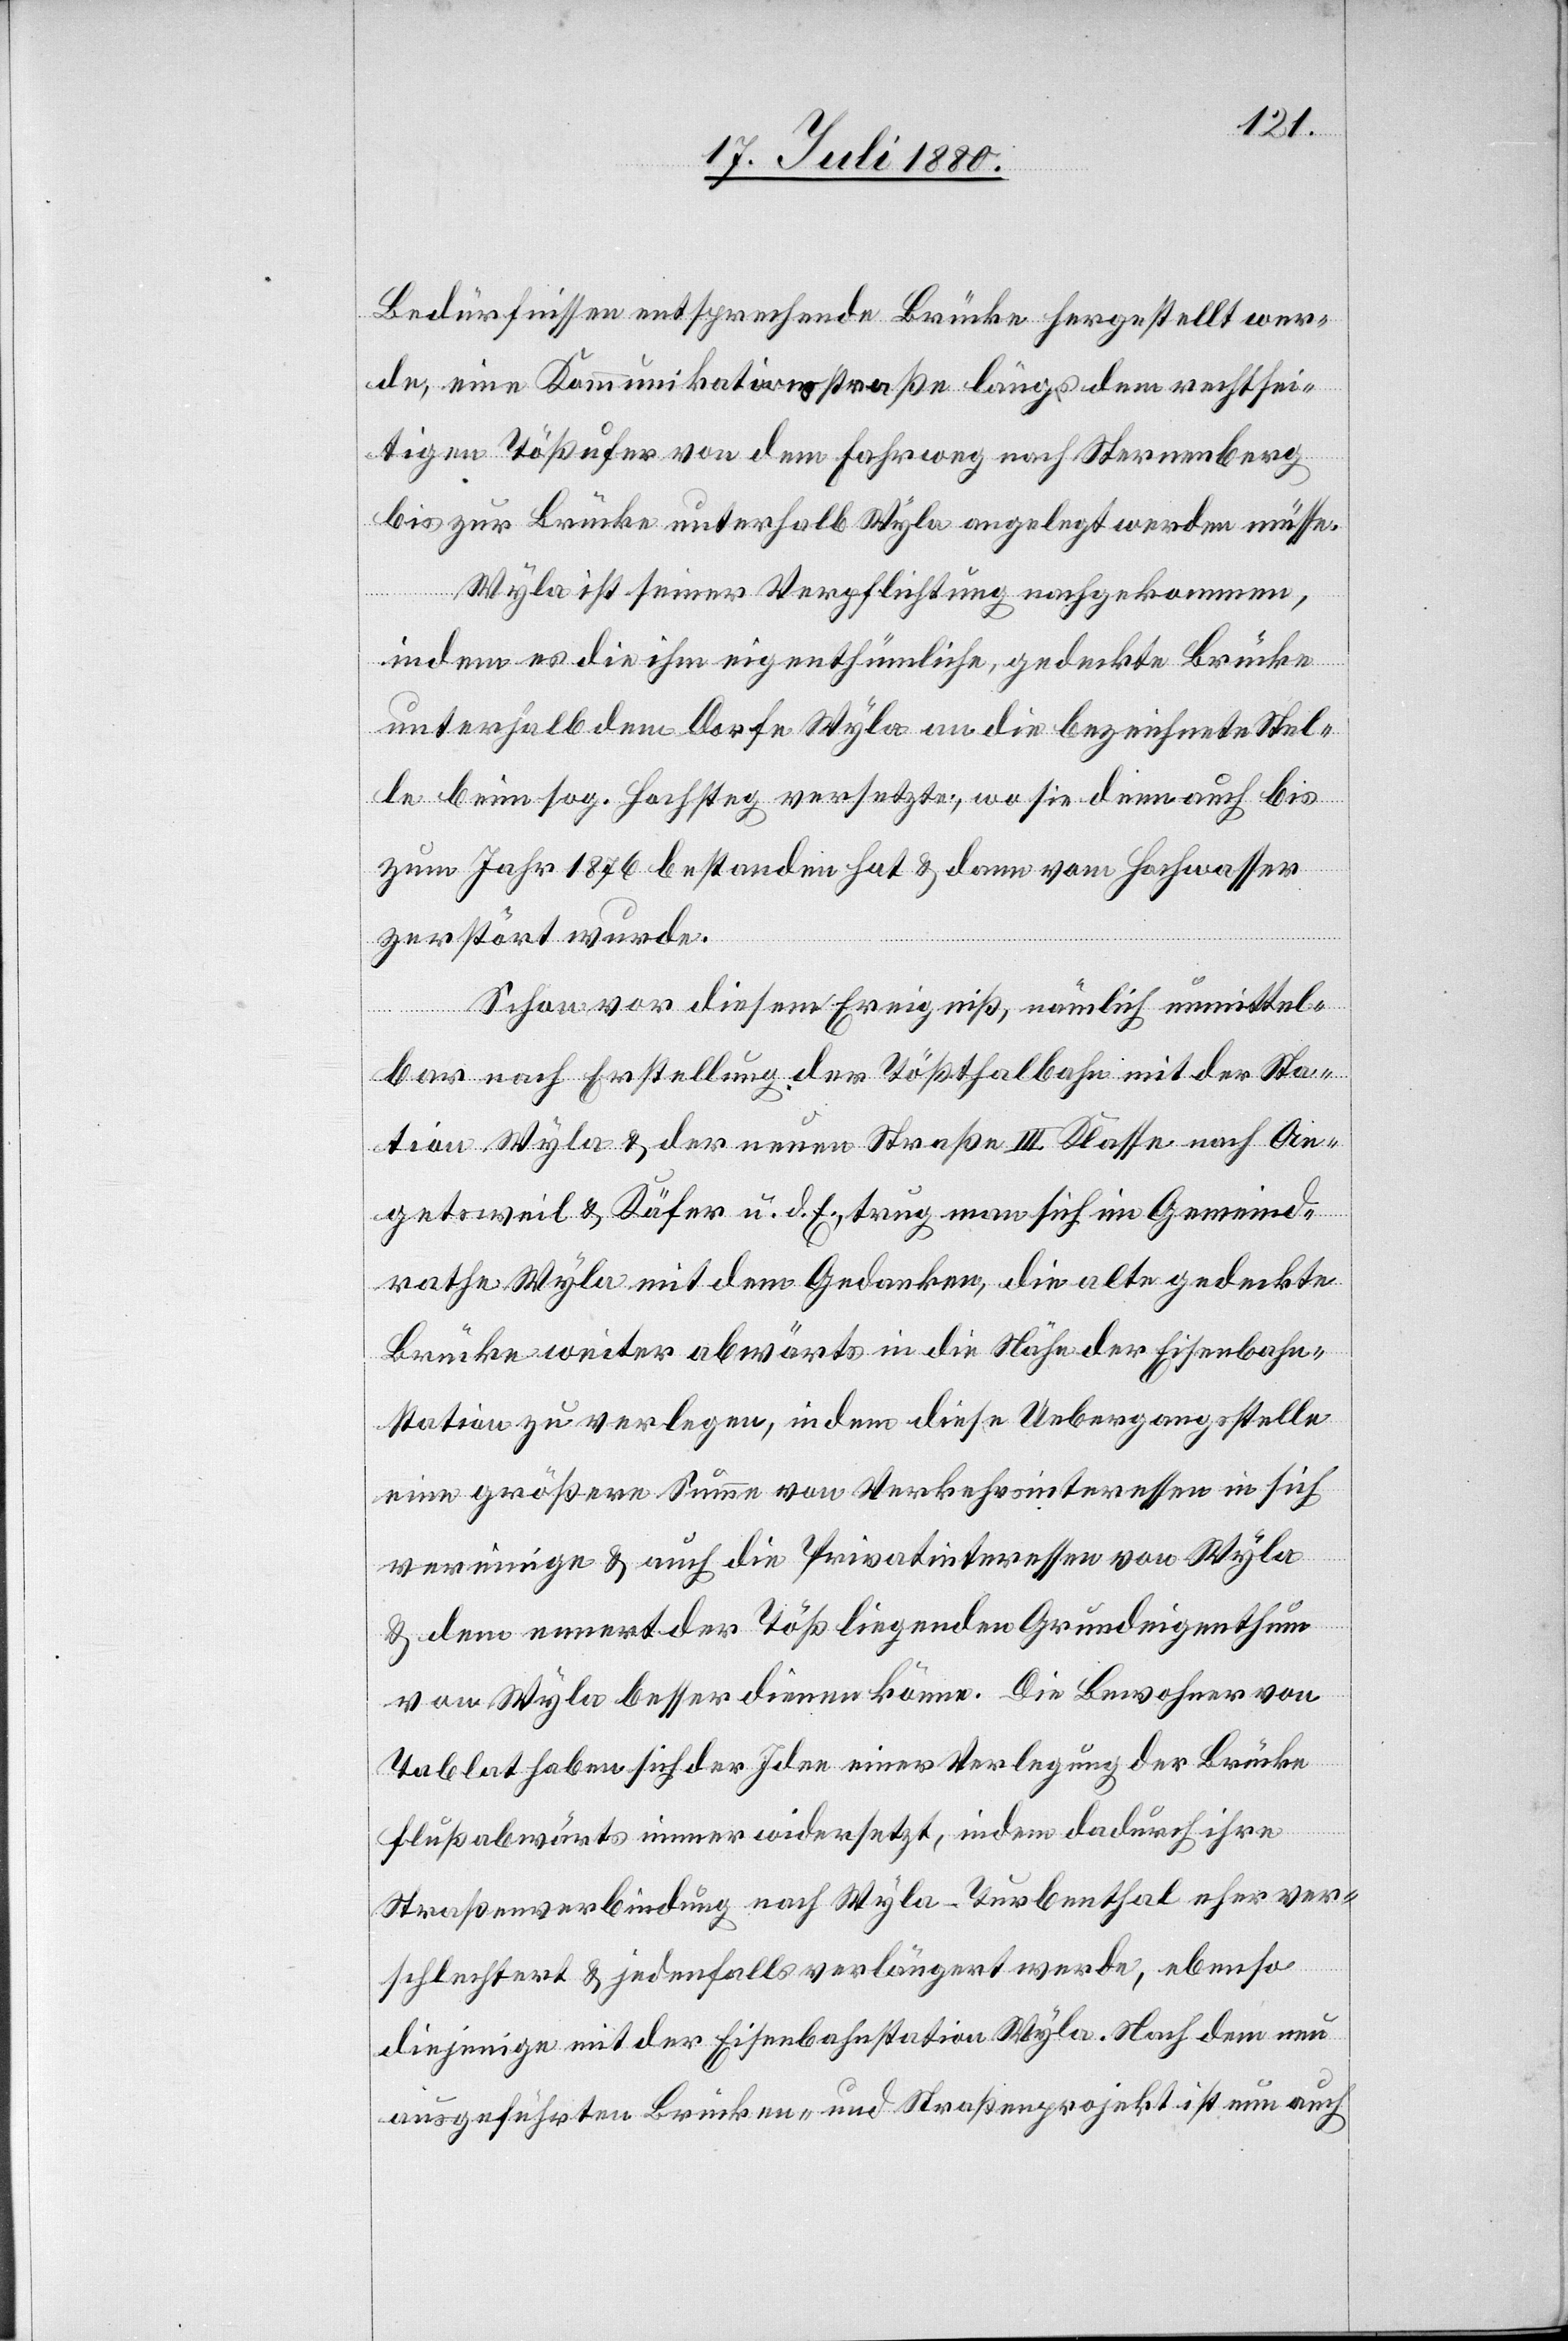
Bedürfnissen entsprechende Brücke hergestellt wer¬
de, eine Kommunikationsstraße längs dem rechtsei¬
tigen Tößufer von dem Fahrweg nach Sternenberg
bis zur Brücke unterhalb Wyla angelegt werden müsse.
Wyla ist seiner Verpflichtung nachgekommen,
indem es die ihm eigenthümliche, gedeckte Brücke
unterhalb dem Dorfe Wyla an die bezeichnete Stel¬
le beim sog. Hochsteg versetzte, wo sie demnach bis
zum Jahr 1876 bestanden hat & dann vom Hochwasser
zerstört wurde.
Schon vor diesem Ereigniß, nämlich unmittel¬
bar nach Erstellung der Tößthalbahn mit der Sta¬
tion Wyla & der neuen Straße III. Klasse nach Ae¬
getsweil & Käfer mit dem Gedanken, die alte gedeckte
Brücke weiter abwärts in die Höhe der Eisenbahn¬
station zu verlegen, indem diese Uebergangstelle
eine größere Summe von Verkehrsinteressen in sich
vereinigen & auch die Privatinteressen von Wyla
& dem ennert der Töß liegenden Grundeigenthum
von Wyla besser dienen könne. Die Bewohner von
Tablat haben sich der Idee einer Verlegung der Brücke
flußabwärts immer widersetzt, indem dadurch ihre
Straßenverbindung nach Wyla–Turbenthal eher ver¬
schlechtert & jedenfalls verlängert werde, ebenso
diejenigen mit der Eisenbahnstation Wyla. Nach dem neu¬
ausgeführten Brücken- und Straßenprojekt ist nun auch